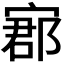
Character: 𡩫